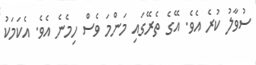
ސުވާލު ކުރެ އެވެ. އޭގެ ތެރޭގައި މަންމަ ވެސް ހިމެނެ އެވެ. އެކަމަކު